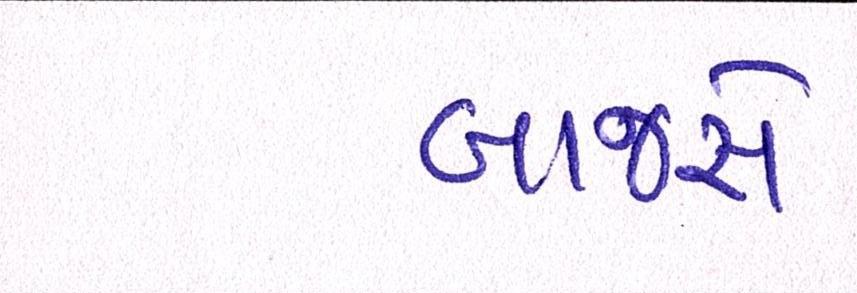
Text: બાજરો